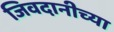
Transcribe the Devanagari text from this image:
जिवदानीच्या